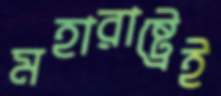
মহারাষ্ট্রেই